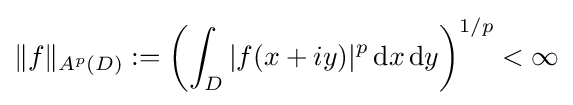
\|f\|_{A^{p}(D)}:=\left(\int _{D}|f(x+iy)|^{p}\,\mathrm {d} x\,\mathrm {d} y\right)^{1/p}<\infty